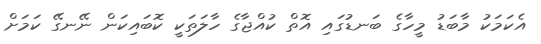
އެކަމަކު މާބަޑު މީހާގެ ބަނޑުގައި އޮތް ކުއްޖާގެ ހާލަތަކީ ކޮބައިކަން ނޭނގޭ ކަމަށް